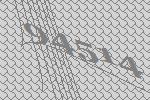
94514